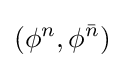
(\phi ^{n},\phi ^{\bar {n}})